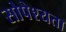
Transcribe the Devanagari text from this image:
सोपेश्यता